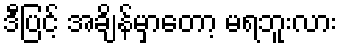
ဒီပြင့် အချိန်မှာတော့ မရဘူးလား